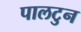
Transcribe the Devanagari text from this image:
पालटुन